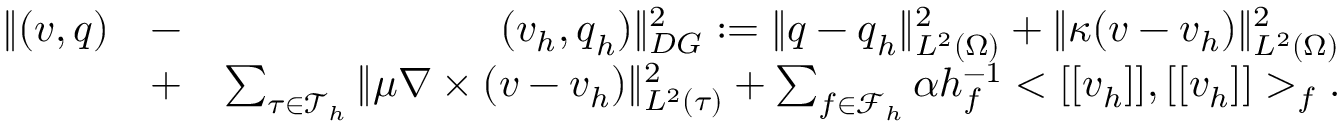
\begin{array} { r l r } { \| ( \boldsymbol { v } , \boldsymbol { q } ) } & { - } & { ( \boldsymbol { v } _ { h } , \boldsymbol { q } _ { h } ) \| _ { D G } ^ { 2 } : = \| \boldsymbol { q } - \boldsymbol { q } _ { h } \| _ { L ^ { 2 } ( \Omega ) } ^ { 2 } + \| \kappa ( \boldsymbol { v } - \boldsymbol { v } _ { h } ) \| _ { L ^ { 2 } ( \Omega ) } ^ { 2 } } \\ & { + } & { \sum _ { \tau \in \mathcal { T } _ { h } } \| \mu \nabla \times ( \boldsymbol { v } - \boldsymbol { v } _ { h } ) \| _ { L ^ { 2 } ( \tau ) } ^ { 2 } + \sum _ { f \in \mathcal { F } _ { h } } \alpha h _ { f } ^ { - 1 } < [ [ \boldsymbol { v } _ { h } ] ] , [ [ \boldsymbol { v } _ { h } ] ] > _ { f } . } \end{array}